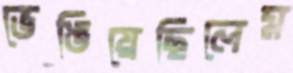
ভেঙিয়েছিলেম